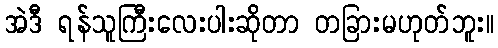
အဲဒီ ရန်သူကြီးလေးပါးဆိုတာ တခြားမဟုတ်ဘူး။